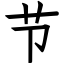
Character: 节